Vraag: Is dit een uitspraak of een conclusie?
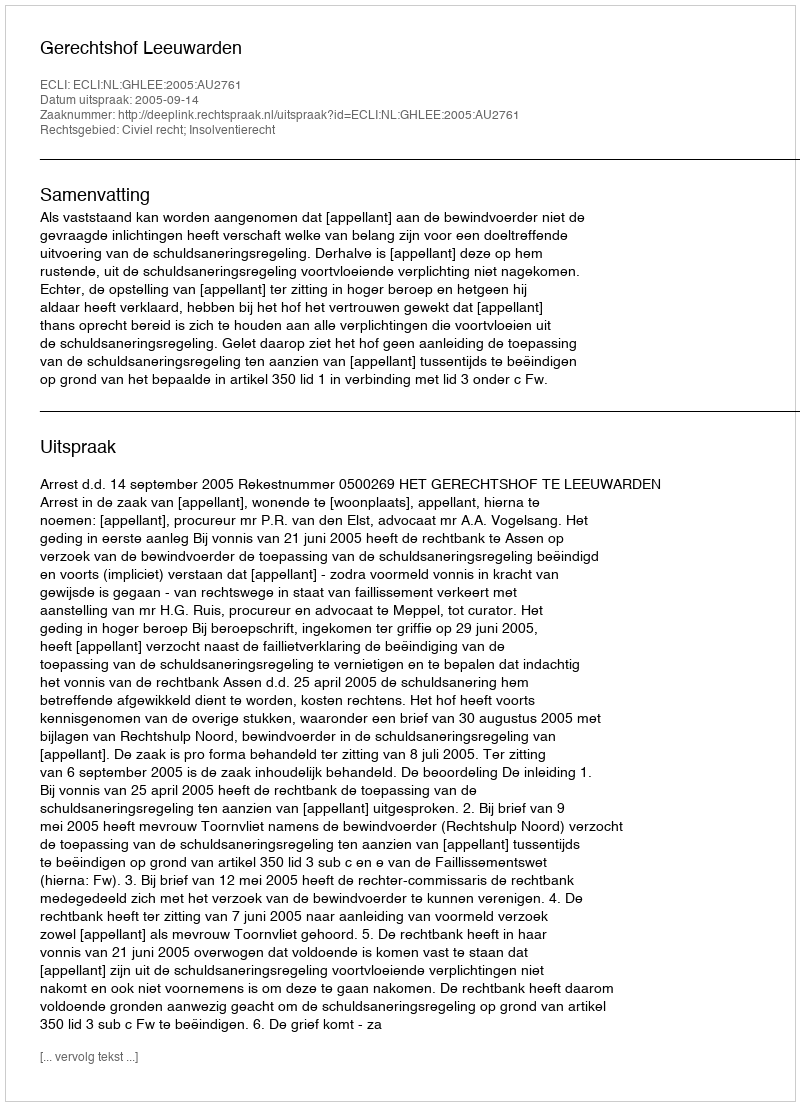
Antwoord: Uitspraak